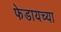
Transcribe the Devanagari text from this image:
फेडायच्या